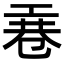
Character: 𭘎